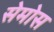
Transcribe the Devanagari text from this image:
सेमोस